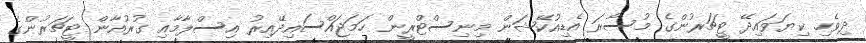
ދިވެހި ކިޔަވައިދޭ ޓީޗަރުންގެ މުސާރަ އެޑިއުކޭޝަން މިނިސްޓްރީން ހަަމަޖައްސައިދޭއިރު އިސްލާމާއި ގުރުއާން ޓީޗަރުންގެ